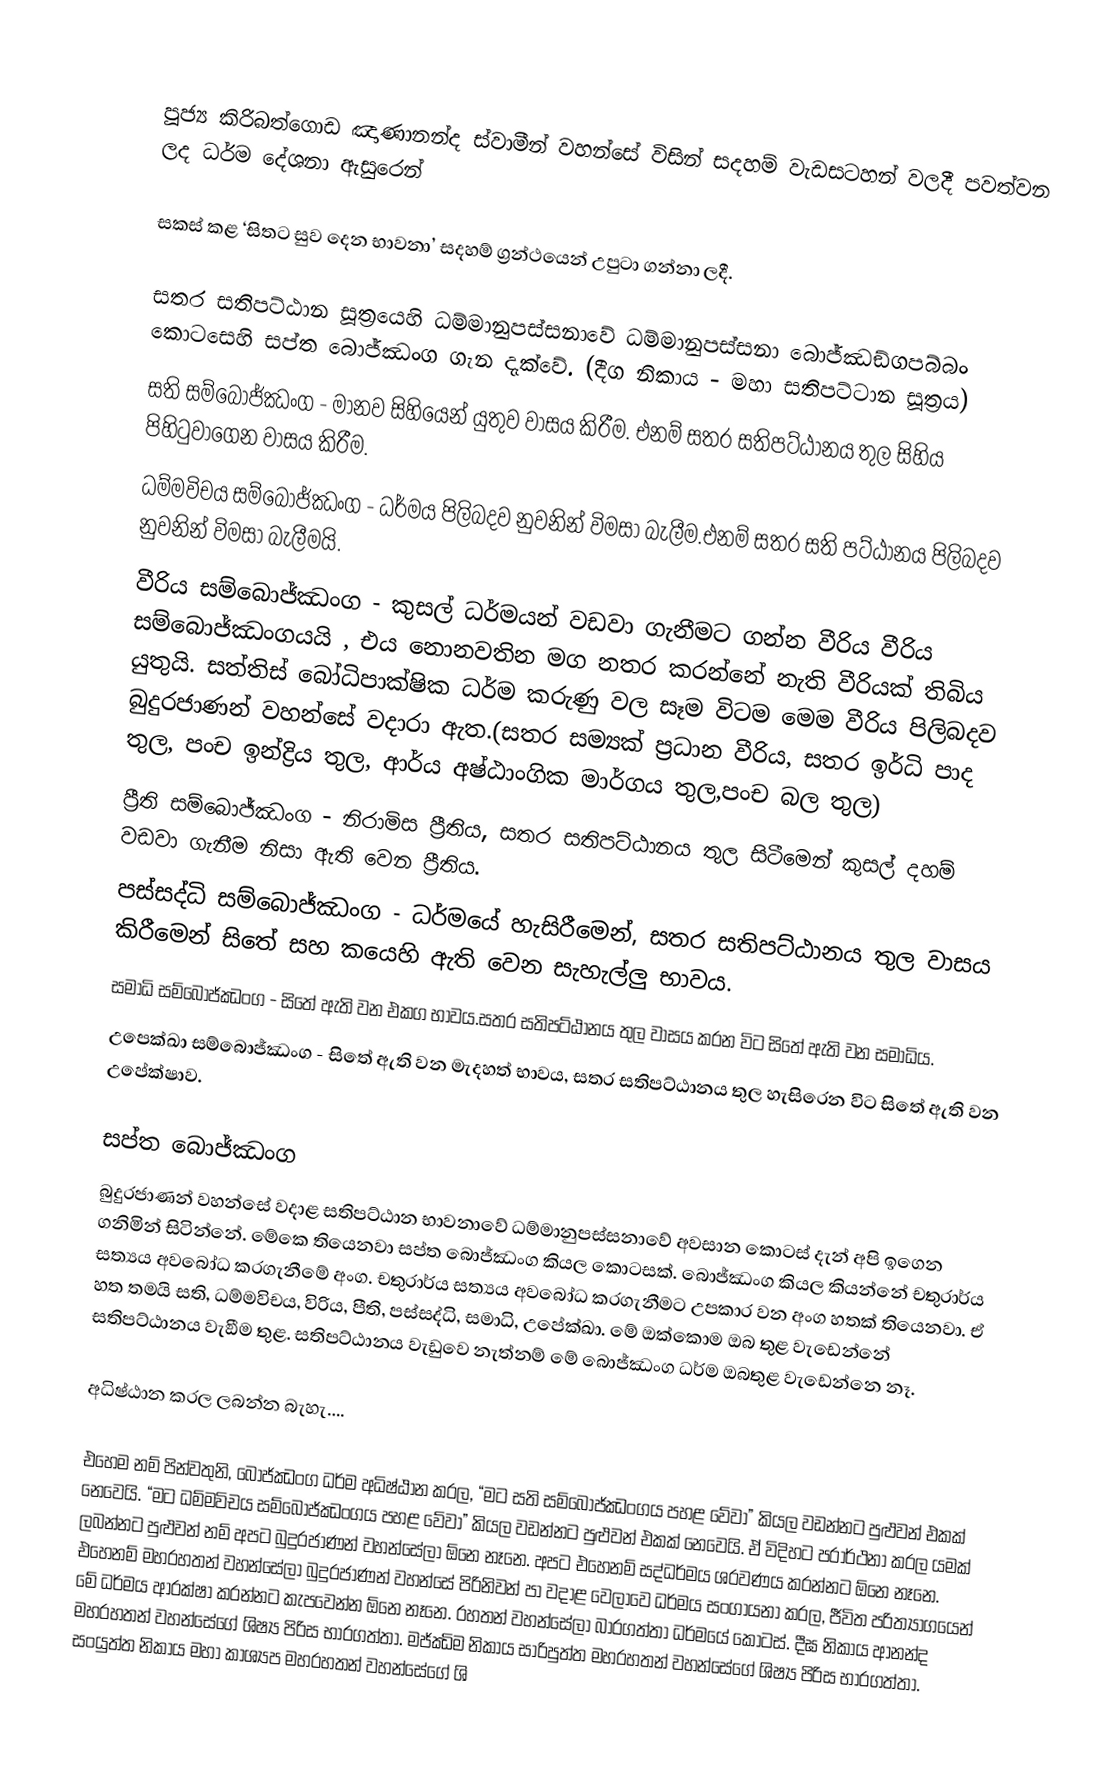

පූජ්‍ය කිරිබත්ගොඩ ඤාණානන්ද ස්වාමීන් වහන්සේ විසින් සදහම් වැඩසටහන් වලදී පවත්වන ලද ධර්ම දේශනා ඇසුරෙන්

සකස් කළ ‘සිතට සුව දෙන භාවනා’ සදහම් ග්‍රන්ථයෙන් උපුටා ගන්නා ලදී.

සතර සතිපට්ඨාන සූත්‍රයෙහි ධම්මානුපස්සනාවේ ධම්මානුපස්සනා බොජ්ඣඞ්ගපබ්බං කොටසෙහි සප්ත බොජ්ඣංග ගැන දැක්වේ. (දීග නිකාය - මහා සතිපට්ටාන සූත්‍රය)
 සති සම්බොජ්ඣංග - මානව සිහියෙන් යුතුව වාසය කිරීම. එනම් සතර සතිපට්ඨානය තුල සිහිය පිහිටුවාගෙන වාසය කිරීම.
 ධම්මවිචය  සම්බොජ්ඣංග - ධර්මය පිලිබදව  නුවනින් විමසා බැලීම.එනම් සතර සති පට්ඨානය පිලිබදව නුවනින් විමසා බැලීමයි.
 වීරිය  සම්බොජ්ඣංග - කුසල් ධර්මයන් වඩවා ගැනීමට ගන්න වීරිය  වීරිය  සම්බොජ්ඣංගයයි , එය නොනවතින මග නතර කරන්නේ නැති වීරියක් තිබිය යුතුයි. සත්තිස් බෝධිපාක්ෂික ධර්ම කරුණු වල සෑම විටම මෙම වීරිය පිලිබදව බුදුරජාණන් වහන්සේ වදාරා ඇත.(සතර සම්‍යක් ප්‍රධාන වීරිය, සතර ඉර්ධි පාද තුල, පංච ඉන්ද්‍රිය තුල, ආර්ය අෂ්ඨාංගික මාර්ගය තුල,පංච බල තුල)
 ප්‍රීති  සම්බොජ්ඣංග - නිරාමිස ප්‍රීතිය, සතර සතිපට්ඨානය තුල සිටීමෙන් කුසල් දහම් වඩවා ගැනීම නිසා ඇති වෙන ප්‍රීතිය.
 පස්සද්ධි  සම්බොජ්ඣංග - ධර්මයේ හැසිරීමෙන්, සතර සතිපට්ඨානය තුල වාසය කිරීමෙන් සිතේ සහ කයෙහි ඇති වෙන සැහැල්ලු භාවය.
 සමාධි  සම්බොජ්ඣංග - සිතේ ඇති වන එකග භාවය.සතර සතිපට්ඨානය තුල වාසය කරන විට සිතේ ඇති වන සමාධිය.
 උපෙක්ඛා  සම්බොජ්ඣංග - සිතේ ඇති වන මැදහත් භාවය, සතර සතිපට්ඨානය තුල හැසිරෙන විට සිතේ ඇති වන උපේක්ෂාව.

සප්ත බොජ්ඣංග
බුදුරජාණන් වහන්සේ වදාළ සතිපට්ඨාන භාවනාවේ ධම්මානුපස්සනාවේ අවසාන කොටස් දැන් අපි ඉගෙන ගනිමින් සිටින්නේ. මේකෙ තියෙනවා සප්ත බොජ්ඣංග කියල කොටසක්. බොජ්ඣංග කියල කියන්නේ චතුරාර්ය සත්‍යය අවබෝධ කරගැනීමේ අංග. චතුරාර්ය සත්‍යය අවබෝධ කරගැනීමට උපකාර වන අංග හතක් තියෙනවා. ඒ හත තමයි සති, ධම්මවිචය, විරිය, පීති, පස්සද්ධි, සමාධි, උපේක්ඛා. මේ ඔක්කොම ඔබ තුළ වැඩෙන්නේ සතිපට්ඨානය වැඞීම තුළ. සතිපට්ඨානය වැඩුවෙ නැත්නම් මේ බොජ්ඣංග ධර්ම ඔබතුළ වැඩෙන්නෙ නෑ.

අධිෂ්ඨාන කරල ලබන්න බැහැ….

එහෙම නම් පින්වතුනි, බොජ්ඣංග ධර්ම අධිෂ්ඨාන කරල, “මට සති සම්බොජ්ඣංගය පහළ වේවා” කියල වඩන්නට පුළුවන් එකක් නෙවෙයි. “මට ධම්මවිචය සම්බොජ්ඣංගය පහළ වේවා” කියල වඩන්නට පුළුවන් එකක් නෙවෙයි. ඒ විදිහට ප‍්‍රාර්ථනා කරල යමක් ලබන්නට පුළුවන් නම් අපට බුදුරජාණන් වහන්සේලා ඕනෙ නෑනෙ. අපට එහෙනම් සද්ධර්මය ශ‍්‍රවණය කරන්නට ඕනෙ නෑනෙ. එහෙනම් මහරහතන් වහන්සේලා බුදුරජාණන් වහන්සේ පිරිනිවන් පා වදාළ වෙලාවෙ ධර්මය සංගායනා කරල, ජීවිත පරිත්‍යාගයෙන් මේ ධර්මය ආරක්ෂා කරන්නට කැපවෙන්න ඕනෙ නෑනෙ. රහතන් වහන්සේලා බාරගත්තා ධර්මයේ කොටස්. දීඝ නිකාය ආනන්ද මහරහතන් වහන්සේගේ ශිෂ්‍ය පිරිස භාරගත්තා. මජ්ඣිම නිකාය සාරිපුත්ත මහරහතන් වහන්සේගේ ශිෂ්‍ය පිරිස භාරගත්තා. සංයුත්ත නිකාය මහා කාශ්‍යප මහරහතන් වහන්සේගේ ශි